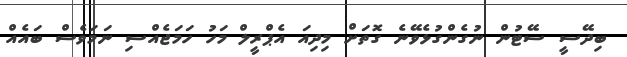
ބިދޭސީ ސޭޓުން ނުގެންގުޅެވޭނެ ގޮތަށް މިދިއަ އެޕްރީލް މަހު ހަމަޖެއްސި ނަމަވެސް ބައެއް